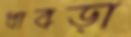
ধাবড়া